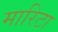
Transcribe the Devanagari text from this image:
मारिटा